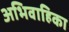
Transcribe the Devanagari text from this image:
अभिवाहिका